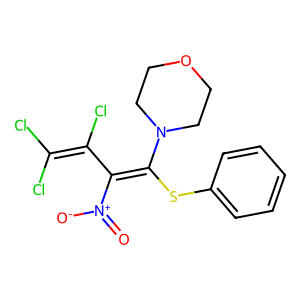
SMILES: O=[N+]([O-])C(C(Cl)=C(Cl)Cl)=C(Sc1ccccc1)N1CCOCC1
Inhibits HIV replication: No